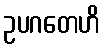
ဥပဂတေဟိ